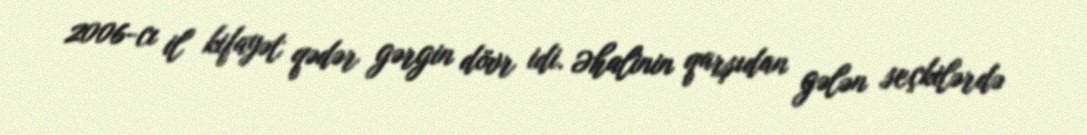
2006-cı il kifayət qədər gərgin dövr idi. Əhalinin qarşıdan gələn seçkilərdə